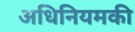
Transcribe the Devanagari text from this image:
अधिनियमकी